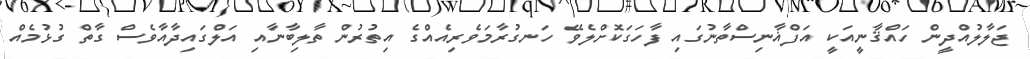
ޖަލާލުއްދީން ހައްޤާނީއަކީ އަފްޣާނިސްތާނުގައި ފާހަގަކޮށްލެވޭ ހަނގުރާމަވެރިއެއްގެ އިތުރުން ތާލިބާނާއި އަލްގައިދާއާވެސް ގާތް ގުޅުމެއް